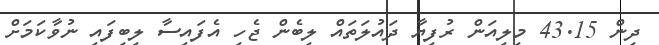
ދިން 43.15 މިލިއަން ރުފިޔާ ދައުލަތައް ލިބެން ޖެހި އެފައިސާ ލިބިފައި ނުވާކަމަށް